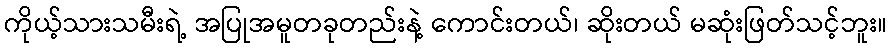
ကိုယ့်သားသမီးရဲ့ အပြုအမူတခုတည်းနဲ့ ကောင်းတယ်၊ ဆိုးတယ် မဆုံးဖြတ်သင့်ဘူး။